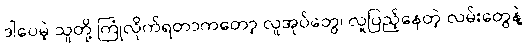
ဒါပေမဲ့ သူတို့ ကြုံလိုက်ရတာကတော့ လူအုပ်တွေ၊ လူပြည့်နေတဲ့ လမ်းတွေနဲ့